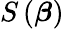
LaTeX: S\left({\boldsymbol{\beta}}\right)